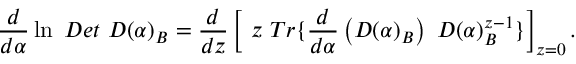
\frac d { d \alpha } \ln \ D e t ~ D ( \alpha ) _ { B } = \frac d { d z } \left[ \ z \ T r \{ \frac d { d \alpha } \left( D ( \alpha ) _ { B } \right) \ D ( \alpha ) _ { B } ^ { z - 1 } \} \right] _ { z = 0 } .